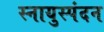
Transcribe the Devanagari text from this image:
स्नायुस्पंदन